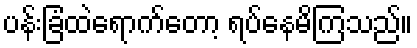
ပန်းခြံထဲရောက်တော့ ရပ်နေမိကြသည်။